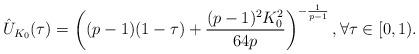
LaTeX: \begin{align*}\hat U_{K_0}(\tau) = \left( (p-1) (1 - \tau) + \frac{(p-1)^2K_0^2}{64 p}\right)^{-\frac{1}{p-1}}, \forall \tau \in [0,1).\end{align*}